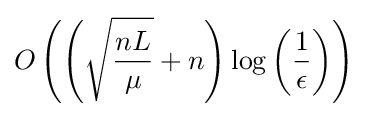
O\left(\left({\sqrt {\frac {nL}{\mu }}}+n\right)\log \left({\frac {1}{\epsilon }}\right)\right)